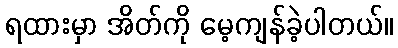
ရထားမှာ အိတ်ကို မေ့ကျန်ခဲ့ပါတယ်။